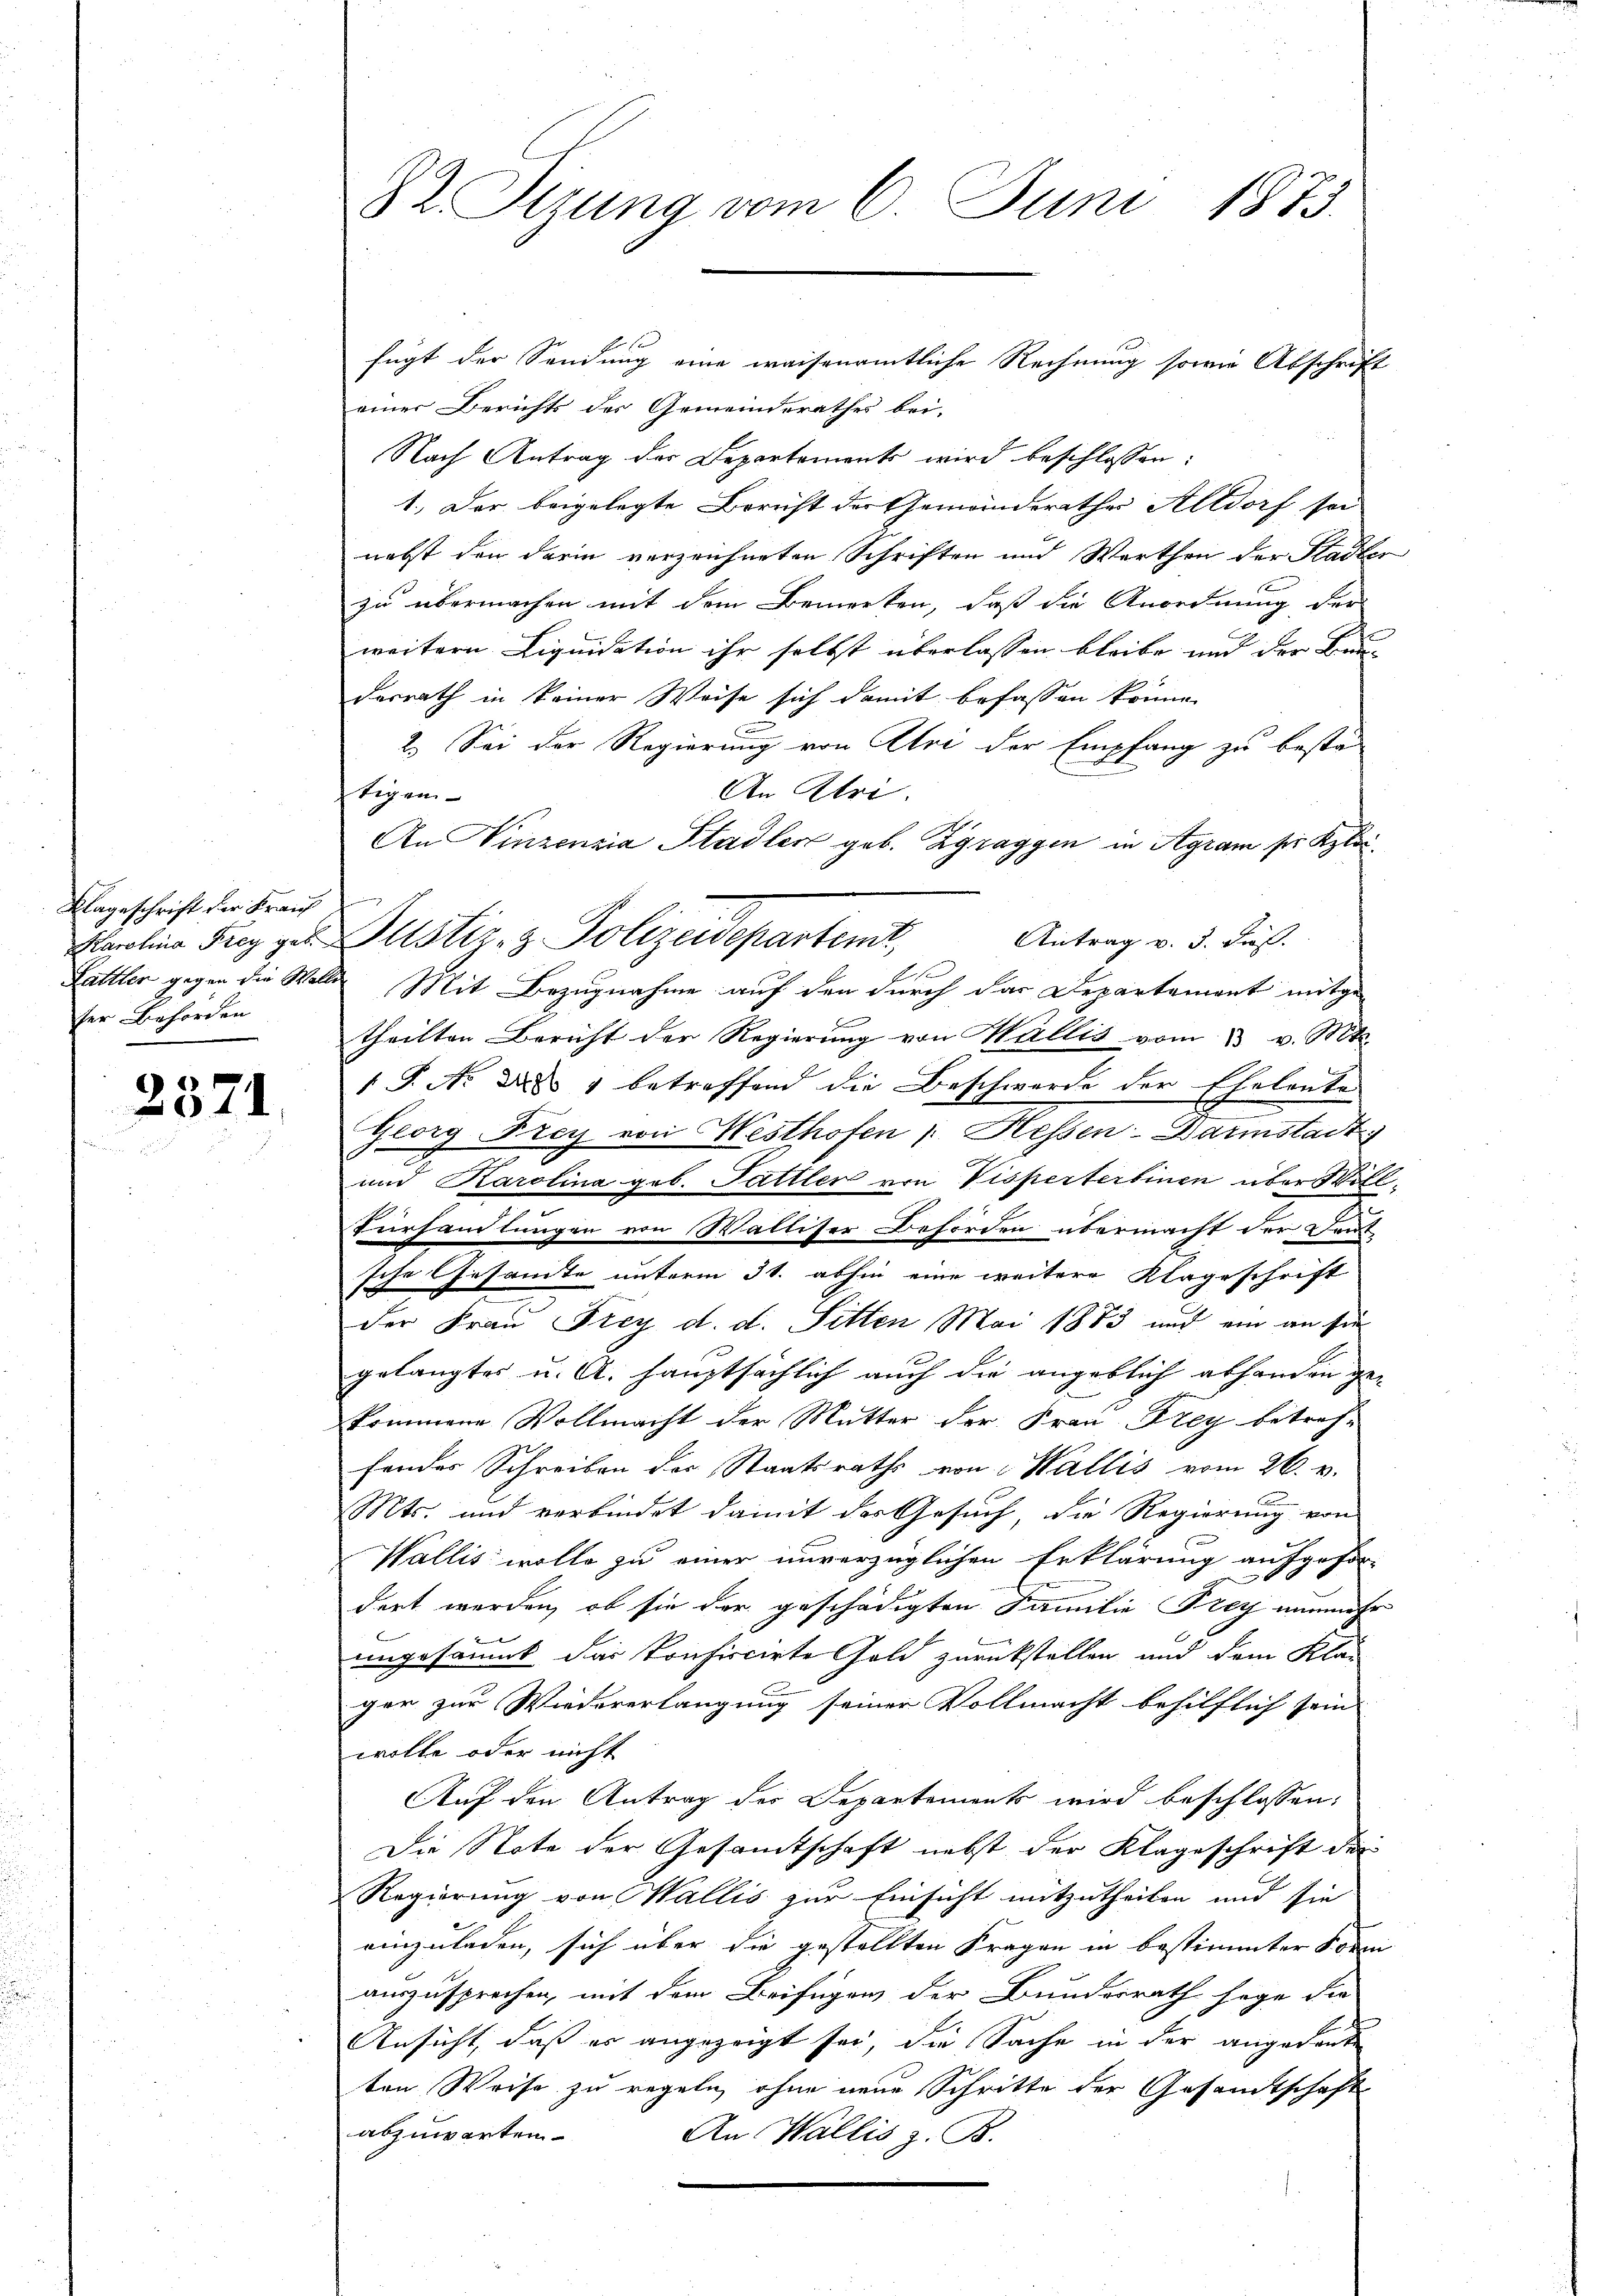
Klageschrift der Krauf
ser Behörden

2371.

fügt der Sendung eine waisenamtliche Rechnung sowie Abschrift
einer Berichts des Gemeinderathes bei.
Nach Antrag der Departement wird beschlossen:
1.) Der beigelegte Bericht der Gemeinderathes Altdorf sei
nebst den darin verzeichneten Schriften und Werthen der Stadler
zu übermachen mit dem Bemerken, daß die Anordnung der
weitern Liquidation ihr selbst überlassen bleibe und der Bau-
derrath in keiner Weise sich damit befassen könne.
2.) Sei der Regierung von Atri der Empfang zu bestä-
An Ulri
tigen
An Vinzenzia Stadler geb. Zgraggen in Agram per Klei¬
Antrag v. 3. dieß.
Marline Frey zu Justiz- & Polizeidepartert,
1
Lattler gegen die Walle Mit Bezugnahme auf den durch das Departament mitge-
theilten Bericht der Regierŭng von Wallis vom 3. v. Mts.
1 P. Nr. d. 1 betreffend die Beschwerde der Eheleute
Georg Frey von Hesthofen / Hessen-Darmstadt
und Karolina geb. Sattler von Visperterbinen über Will¬
Türhandlungen von Walliser Behörden übermacht der Deut
sche Gesamte unterm 31. abhin eine weitere Klageschrift
der Frau Frey d. d. Sitten Mai 1883 und ein an sie
gelangtes u. A. hauptsächlich auch die angeblich abhanden ge-
kommene Vollmacht der Mutter der Frau Frey betref-
fondes Schreiben des Staatsraths von Wallis vom 26. v.
Mts. und verbindet damit des Gesuch, die Regierung von
Wallis wolle zu einer unverzüglichen Erklärung aufgefor-

dert werden, ob sie der geschädigten Familie Frey nunmehr
ungesäumt das konfiscirte Gold zurückstellen und dem Klai
ger zur Wiedererlangung seiner Vollmacht behilflich sein
wolle oder nicht
Auf den Antrag der Departements wird beschlossen:
Die Note der Gesamtschaft nebst der Klageschrift der
Regierung von Wallis zur Einsicht mitzutheilen und sie
einzuladen, sich über die gestellten Fragen in bestimmter Form
auszusprechen, mit dem Beifügen der Bundesrath sage die
Ansicht, daß er angezeigt sei, die Sache in der angedanke
ten Weise zu regeln, ohne neue Schritte der Gesandtschaft
abzuwarten.
An Wallis z. B.

82 Sizung vom 6. Juni 1873.